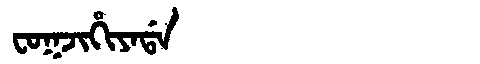
Manchu: ᠸᠣᡴᠵᡳᡥᡳᠶᠠᡩᠠ
Romanization: FOKJIHIYADA